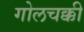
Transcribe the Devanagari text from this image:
गोलचक्की